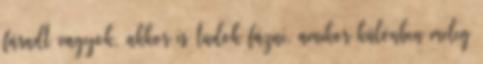
fáradt vagyok, akkor is tudok fázni, amikor különben meleg